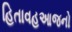
હિતાવહઆજનો